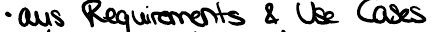
aus Requirements & Use Cases